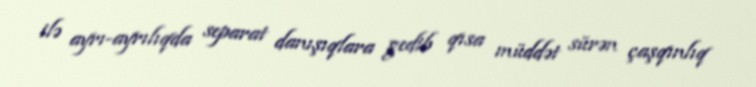
ilə ayrı-ayrılıqda separat danışıqlara gedib qısa müddət sürən çaşqınlıq